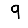
Digit: 9